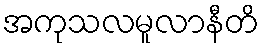
အကုသလမူလာနီတိ